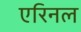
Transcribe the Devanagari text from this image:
एरिनल